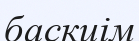
баскиім